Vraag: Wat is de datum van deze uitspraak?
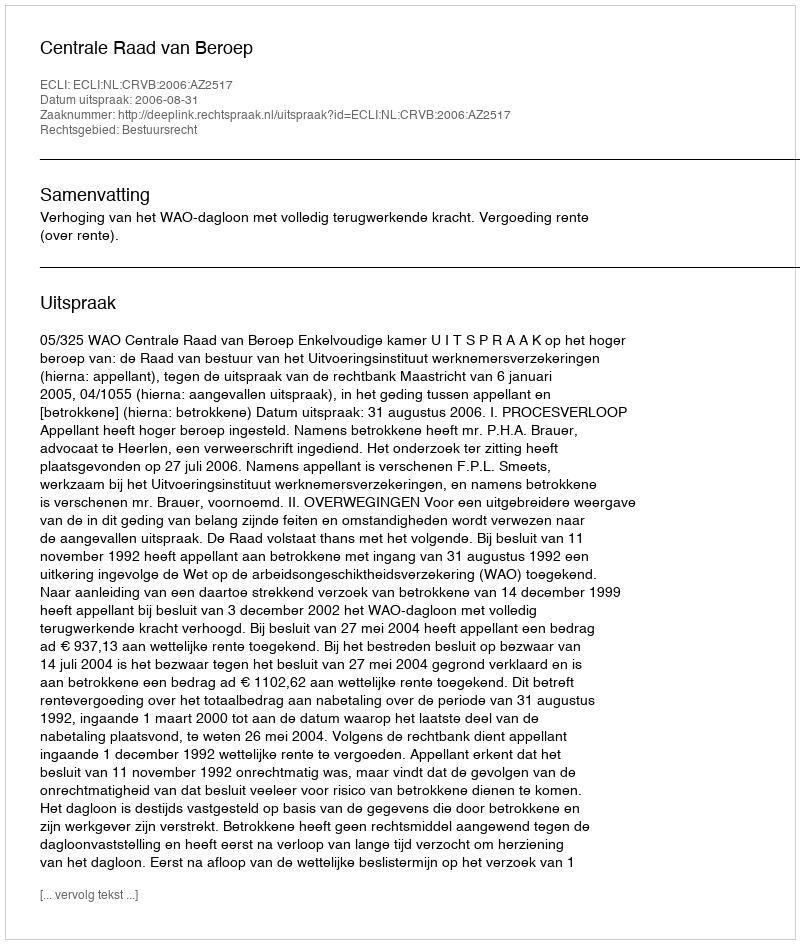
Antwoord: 2006-08-31